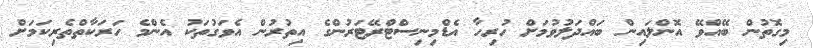
މިގޮތުން ބޭއްވޭ އޮންލައިން ބައްދަލުވުމަށް ހުރިހާ އެޑްމިނިސްޓްރޭޓަރުންގެ އިތުރުން އެވަގުތަކު އެންމެ ހަރަކާތްތެރިކަމަށް